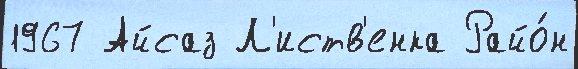
1967 Айсаз Л'иств'енка Райо́н